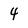
Character: 4